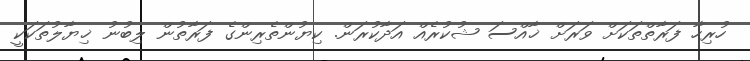
ހުރިހާ ފަރާތްތަކަށް ވަރަށް ޚާއްސަ ޝުކުރެއް އަދާކުރަން. ކިޔުންތެރިންގެ ފަރާތުން ލިބުނު ޚިޔާލުތަކަކީ